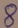
Text: 8